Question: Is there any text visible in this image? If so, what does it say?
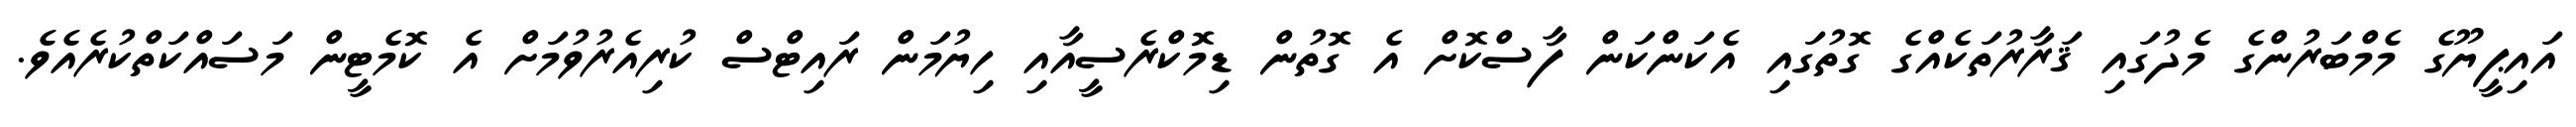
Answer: އައިޕީޔޫގެ މެމްބަރުންގެ މެދުގައި ޤަރާރުތަކެއްގެ ގޮތުގައި އެކަންކަން ފާސްކޮށް އެ ގޮތުން ޑިމޮކްރެސީއާއި ހިޔުމަން ރައިޓްސް ކުރިއެރުވުމަށް އެ ކޮމެޓީން މަސައްކަތްކުރެއެވެ.